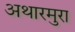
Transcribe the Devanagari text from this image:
अथारमुरा